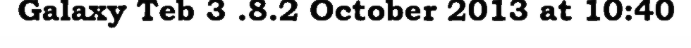
Galaxy Teb 3 .8.2 October 2013 at 10:40